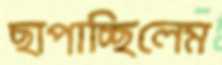
ছাপাচ্ছিলেম